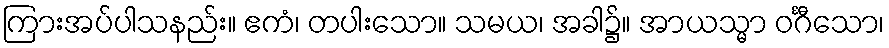
ကြားအပ်ပါသနည်း။ ဧကံ၊ တပါးသော။ သမယ၊ အခါ၌။ အာယသ္မာ ဝင်္ဂီသော၊